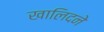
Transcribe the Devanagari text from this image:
खालिदने